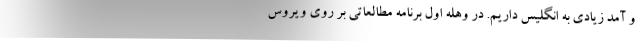
و آمد زیادی به انگلیس داریم. در وهله اول برنامه مطالعاتی بر روی ویروس